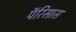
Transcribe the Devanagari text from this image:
पॅरिसास